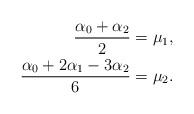
LaTeX: \begin{align*}\frac{\alpha_{0}+\alpha_{2}}{2} & =\mu_{1},\\\frac{\alpha_{0}+2\alpha_{1}-3\alpha_{2}}{6} & =\mu_{2}.\end{align*}